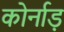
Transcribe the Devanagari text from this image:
कोर्नाड़